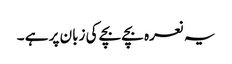
یہ نعرہ بچے بچے کی زبان پر ہے ۔